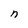
Character: n